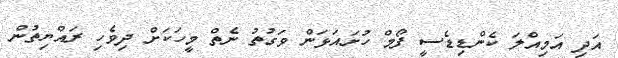
އަދި އަަމިއްލަ ކެންޑިޑެސީ ފޯމް ހުށައަޅަން ވަގުތު ނެތް މީހަކަށް ދިވެހި ރައްޔިތުން